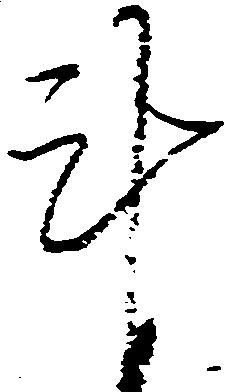
計